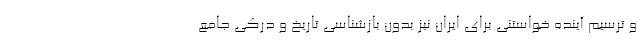
و ترسیم آینده خواستنی برای ایران نیز بدون بازشناسی تاریخ و درکی جامع